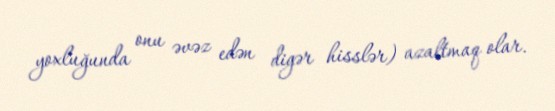
yoxluğunda onu əvəz edən digər hisslər) azaltmaq olar.